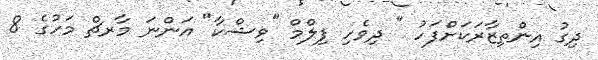
ދިގު އިންތިޒާރަކަށްފަހު " ދިވެހި ފިލްމް "ވިޝްކާ" އަންނަ މާރޗް މަހުގެ 8